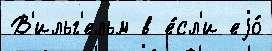
В'ильг'ельм в е́сл'и еjо́